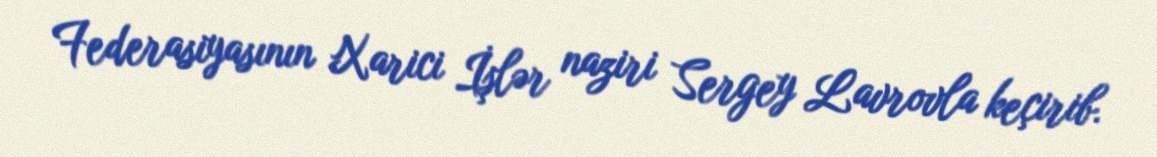
Federasiyasının Xarici İşlər naziri Sergey Lavrovla keçirib.